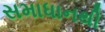
સમાધાનથી